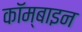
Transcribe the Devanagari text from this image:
कॉम्बाइन